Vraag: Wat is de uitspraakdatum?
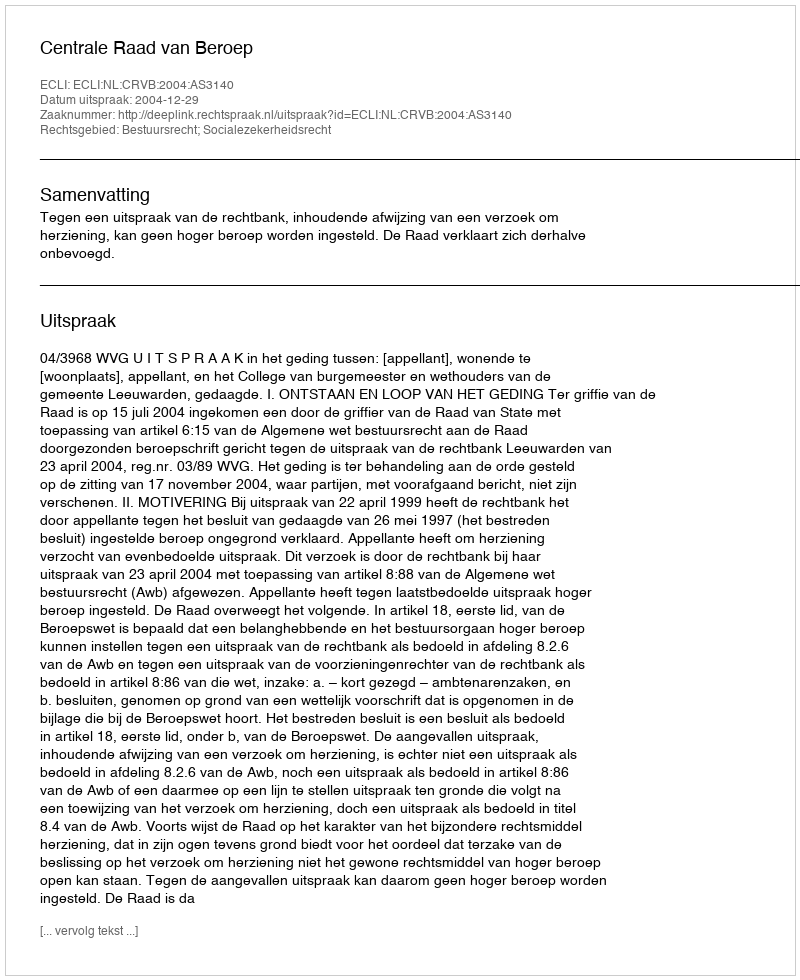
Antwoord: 2004-12-29